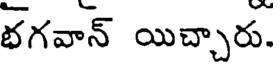
భగవాన్ యిచ్చారు.